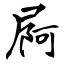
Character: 屙